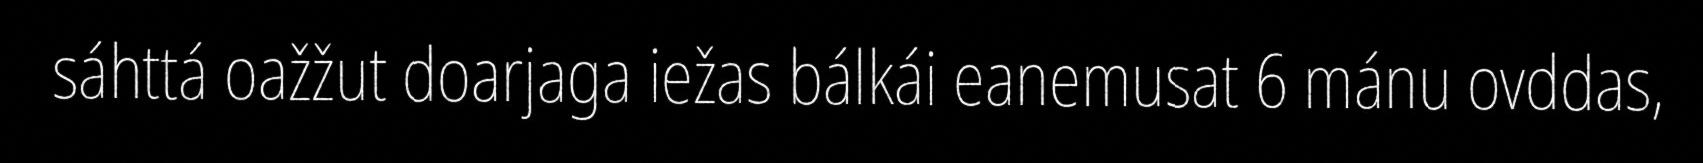
sáhttá oažžut doarjaga iežas bálkái eanemusat 6 mánu ovddas,